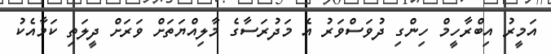
އަމީރު އިބްރާހީމް ހިންގި ދުވަސްވަރު އެ މަދުރަސާގެ މާލިއްޔަތަށް ވަރަށް ދީލަތި ކަމާއެކު